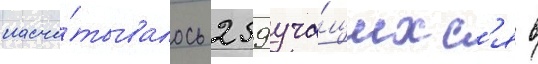
насчи́тывалось 259 уча́щихс'я в